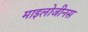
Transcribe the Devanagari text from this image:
माइलोजीनस